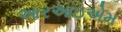
આરઆઇએમ